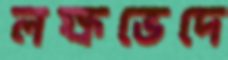
লক্ষভেদে